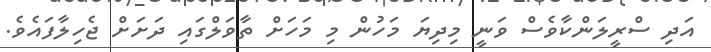
އަދި ސްރީލަންކާވެސް ވަނީ މިދިޔަ މަހުން މި މަހަށް ތާވަލްގައި ދަށަށް ޖެހިލާފައެވެ.